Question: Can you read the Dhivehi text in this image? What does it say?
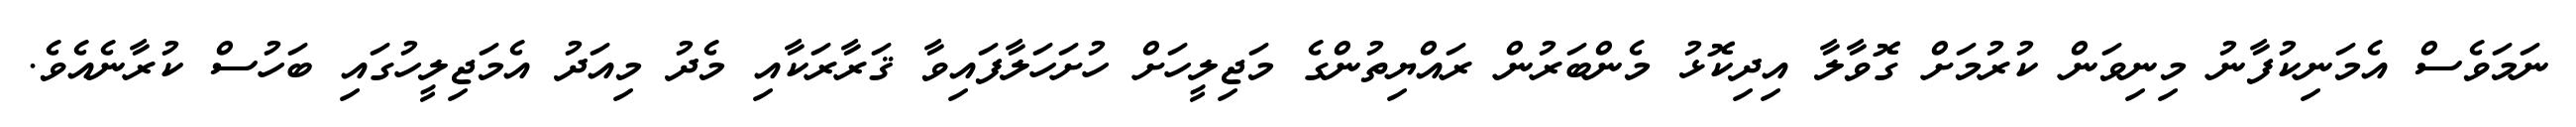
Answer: ނަމަވެސް އެމަނިކުފާނު މިނިވަން ކުރުމަށް ގޮވާލާ އިދިކޮޅު މެންބަރުން ރައްޔިތުންގެ މަޖިލީހަށް ހުށަހަލާފައިވާ ޤަރާރަކާއި މެދު މިއަދު އެމަޖިލީހުގައި ބަހުސް ކުރާނެއެވެ.